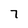
Character: 7